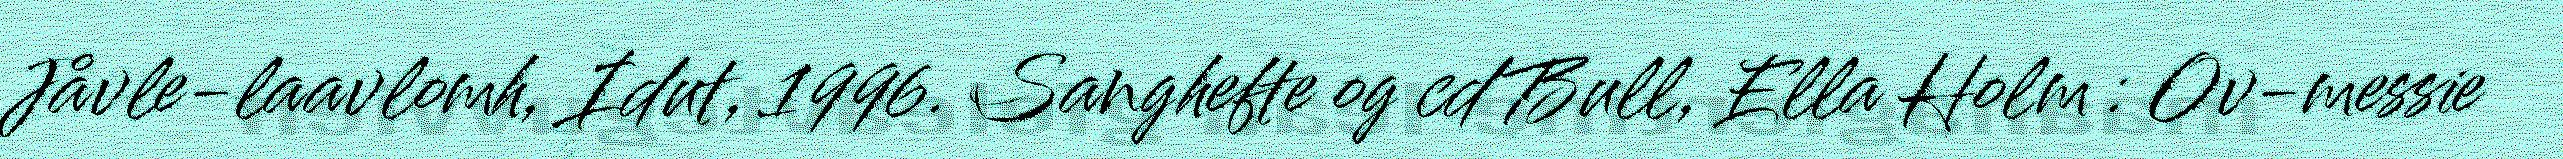
Jåvle-laavlomh, Idut, 1996. Sanghefte og cd Bull, Ella Holm : Ov-messie